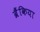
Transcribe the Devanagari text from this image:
ब्रैंकिया